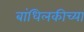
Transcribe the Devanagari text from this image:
बांधिलकीच्या